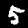
Label: 5